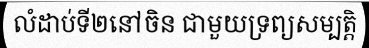
លំដាប់ទី២នៅចិន ជាមួយទ្រព្យសម្បត្តិ